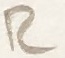
Text: R